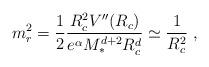
LaTeX: \begin{align*}m_r^2 = \frac{1}{2} \frac{R_c^2 V''(R_c)}{e^\alpha M_*^{d+2} R_c^d}\simeq \frac{1}{R_c^2} \ ,\end{align*}